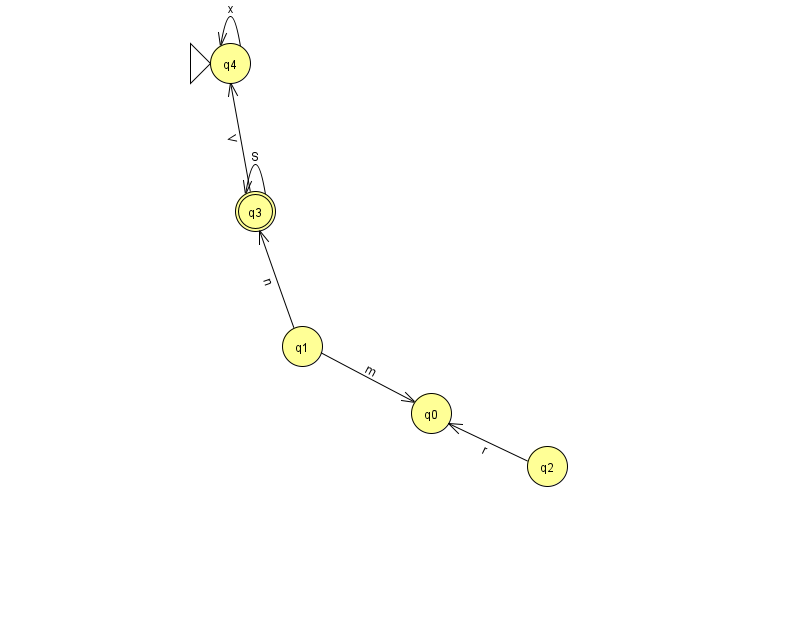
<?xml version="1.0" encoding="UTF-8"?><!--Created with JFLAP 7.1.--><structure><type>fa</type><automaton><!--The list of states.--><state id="0" name="q0"><x>431.0</x><y>400.0</y></state><state id="1" name="q1"><x>302.0</x><y>333.0</y></state><state id="2" name="q2"><x>547.0</x><y>453.0</y></state><state id="3" name="q3"><x>255.0</x><y>198.0</y><final/></state><state id="4" name="q4"><x>230.0</x><y>50.0</y><initial/></state><!--The list of transitions.--><transition><from>1</from><to>0</to><read>m</read></transition><transition><from>3</from><to>4</to><read>V</read></transition><transition><from>3</from><to>3</to><read>S</read></transition><transition><from>2</from><to>0</to><read>r</read></transition><transition><from>4</from><to>4</to><read>x</read></transition><transition><from>1</from><to>3</to><read>n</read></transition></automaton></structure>